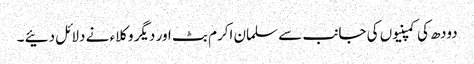
دودھ کی کمپنیوں کی جانب سے سلمان اکرم بٹ اور دیگر وکلاء نے دلائل دئیے ۔